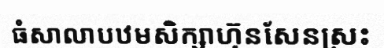
ធំសាលាបឋមសិក្សាហ៊ុនសែនស្រះ